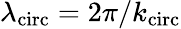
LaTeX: \lambda_{\mathrm{circ}}=2\pi/k_{\mathrm{circ}}